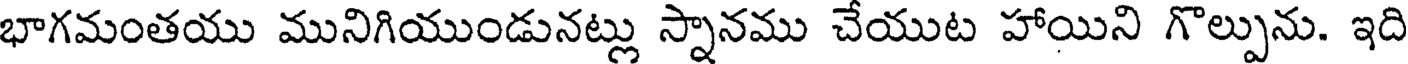
భాగమంతయు మునిగియుండునట్లు స్నానము చేయుట హాయిని గొల్పును. ఇది